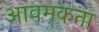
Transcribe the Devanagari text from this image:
आवमकता